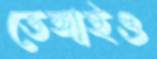
ভেঙ্গাইও